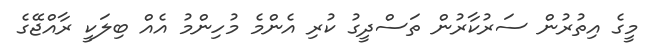
މީގެ އިތުރުން ސަރުކާރުން ތަސްދީގު ކުރި އެންމެ މުހިންމު އެއް ބިލަކީ ރާއްޖޭގެ